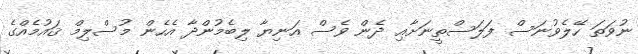
ނުވަތަ ހޭލެވުނަސް ފަލަސްތީނަށާއި ދެން ވެސް އަނިޔާ ލިބެމުންދާ އެހެން މުސްލިމް ޤައުމެއްގެ